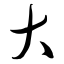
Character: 大